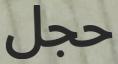
حجل